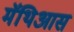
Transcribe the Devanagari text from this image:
मॅथिआस